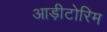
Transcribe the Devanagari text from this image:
आड़ीटोरिम